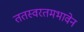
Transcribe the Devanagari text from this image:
ततस्वरतमभावेन